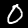
Label: 0